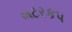
બટરકપ